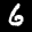
Label: 6